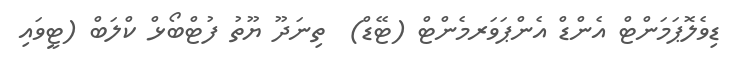
ޑިވެލޮޕަމަންޓް އެންޑް އެންޕަވަރމެންޓް (ޓޭޑް)  ތިނަދޫ ޔޫތު ފުޓްބޯޅް ކްލަބް (ޓީވައި